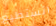
اتستطيع